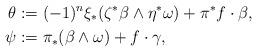
LaTeX: \begin{align*}\theta &:= (-1)^n \xi_*( \zeta^* \beta\wedge \eta^*\omega) + \pi^*f \cdot \beta, \\\psi&:= \pi_*( \beta\wedge \omega ) + f\cdot \gamma ,\end{align*}